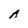
Character: A